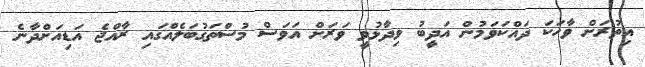
އިތުރަށް ވާހަކަ ދައްކަވަމުން އަދީބު ވިދާޅުވީ ވަރަށް އަވަސް މުސްތަގުބަލެއްގައި ރާއްޖެ އަޑިއަށްދާނެ